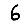
Digit: 6